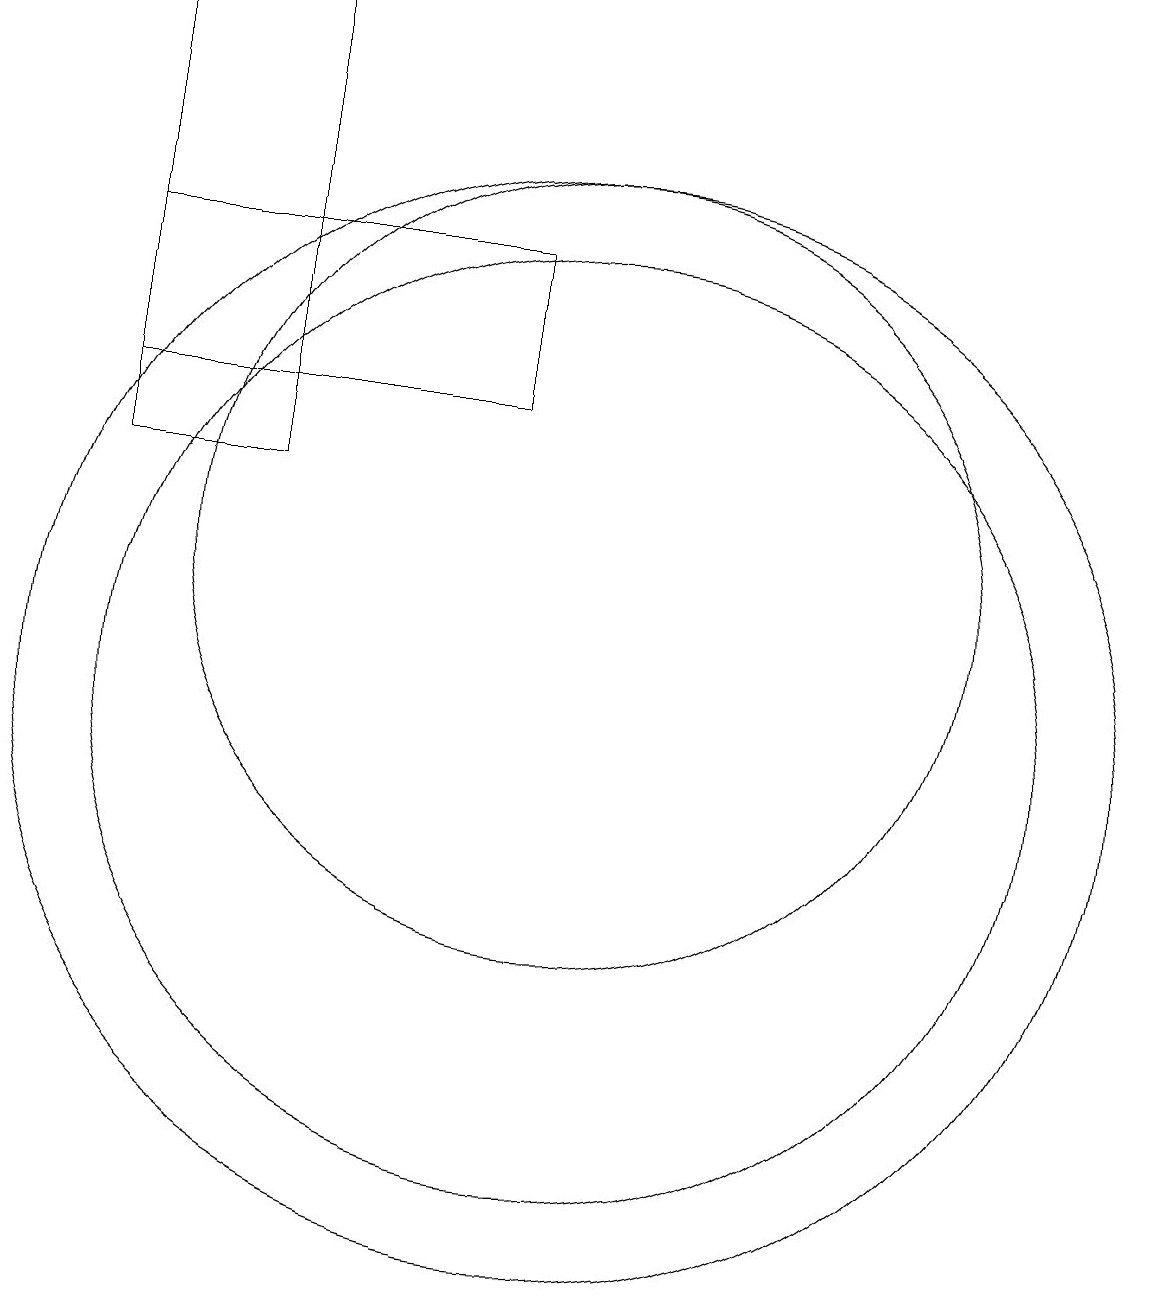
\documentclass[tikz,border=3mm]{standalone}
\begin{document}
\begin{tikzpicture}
\draw (10,10) circle (6);
\draw (4,19) rectangle (6,13);
\draw (10,10) circle (7);
\draw (10,12) circle (5);
\draw (4,14) rectangle (9,16);
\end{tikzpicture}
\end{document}